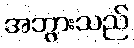
အဘွားသည်